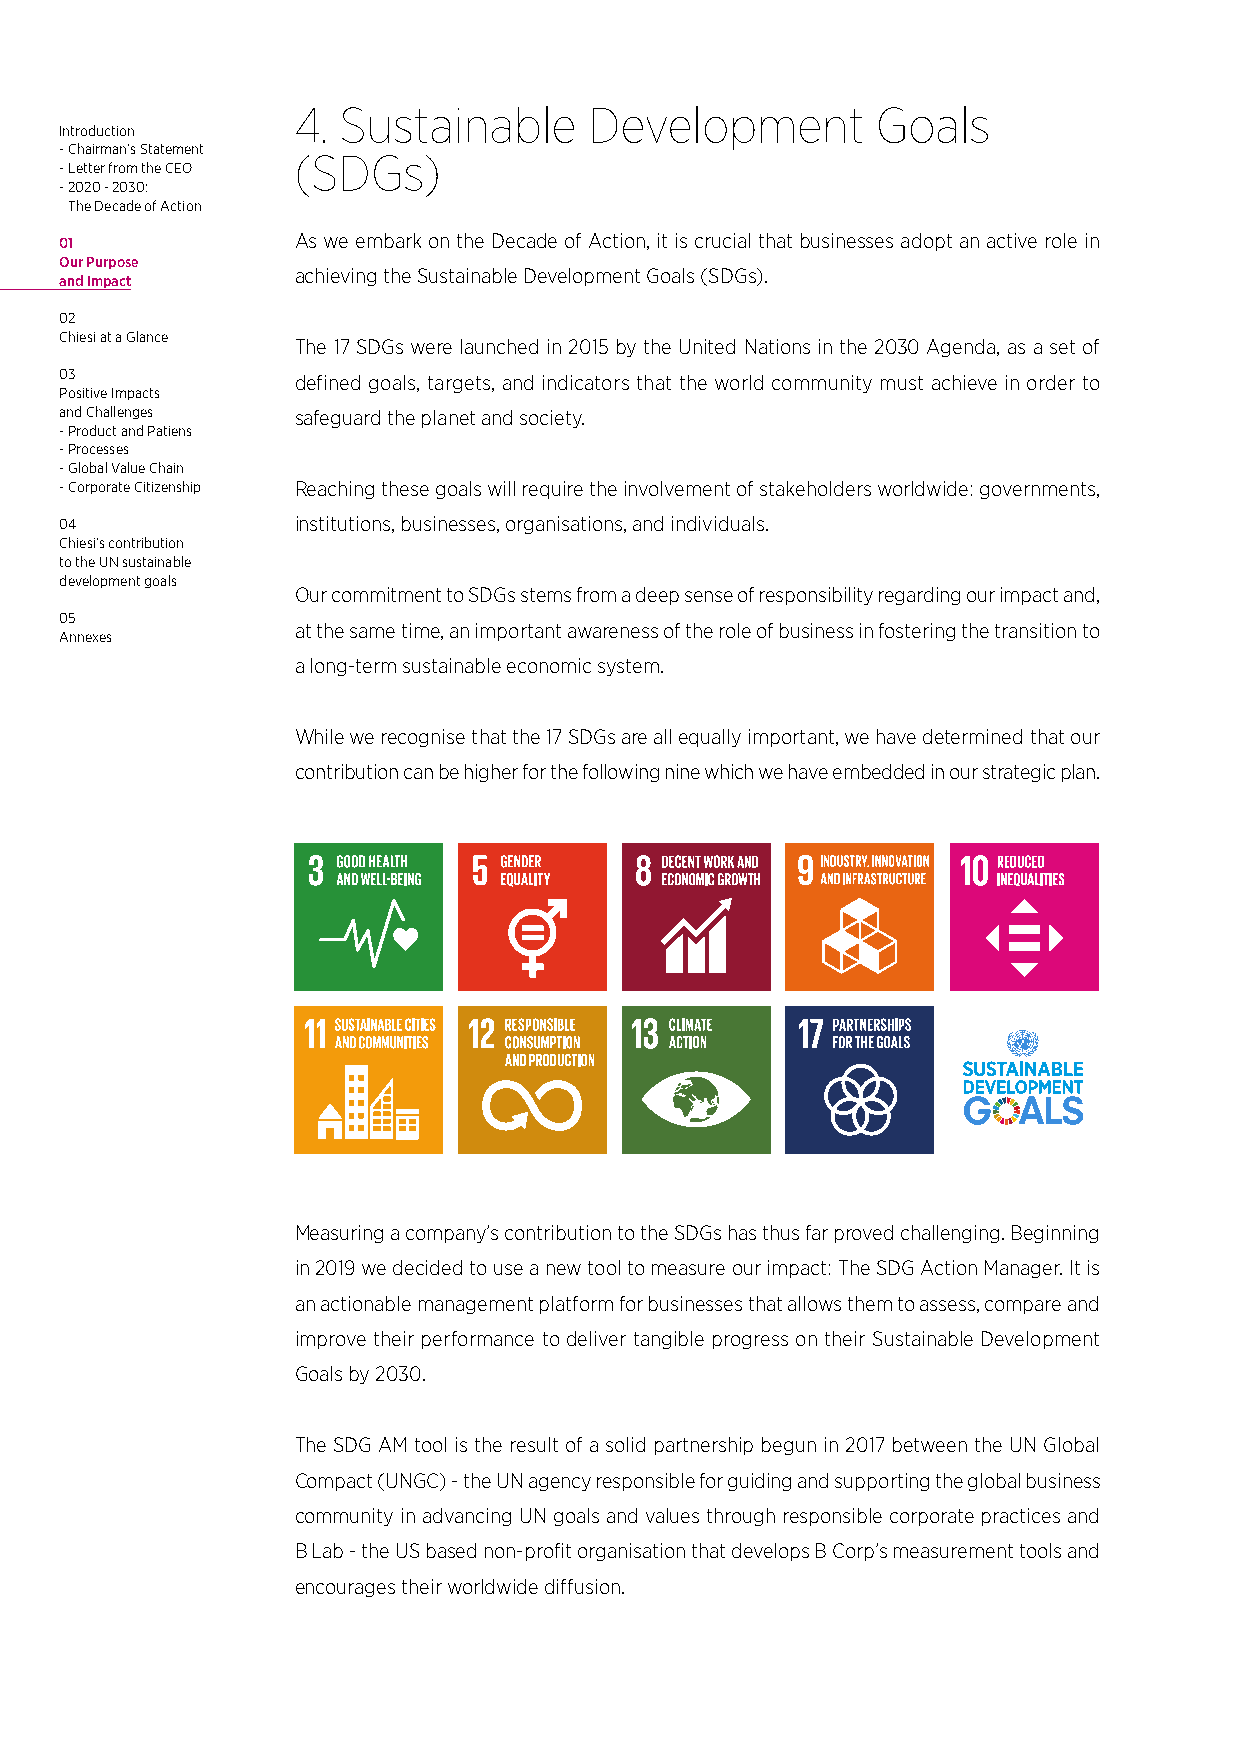
4. Sustainable      Development        Goals
 Introduction
 - Chairman’s Statement
 (SDGs)
 - Letter from the CEO
 - 2020 - 2030:
 The Decade of Action
 01             As we embark on the Decade of Action, it is crucial that businesses adopt an active role in
 Our Purpose
 achieving the Sustainable Development Goals (SDGs).
 and Impact
 02
 Chiesi at a Glance
 The 17 SDGs were launched in 2015 by the United Nations in the 2030 Agenda, as a set of
 03             defined goals, targets, and indicators that the world community must achieve in order to
 Positive Impacts
 and Challenges safeguard the planet and society.
 - Product and Patiens
 - Processes
 - Global Value Chain
 - Corporate Citizenship Reaching these goals will require the involvement of stakeholders worldwide: governments,
 04             institutions, businesses, organisations, and individuals.
 Chiesi’s contribution
 to the UN sustainable
 development goals
 Our commitment to SDGs stems from a deep sense of responsibility regarding our impact and,
 05
 at the same time, an important awareness of the role of business in fostering the transition to
 Annexes
 a long-term sustainable economic system.
 While we recognise that the 17 SDGs are all equally important, we have determined that our
 contribution can be higher for the following nine which we have embedded in our strategic plan.
 Measuring a company’s contribution to the SDGs has thus far proved challenging. Beginning
 in 2019 we decided to use a new tool to measure our impact: The SDG Action Manager. It is
 an actionable management platform for businesses that allows them to assess, compare and
 improve their performance to deliver tangible progress on their Sustainable Development
 Goals by 2030.
 The SDG AM tool is the result of a solid partnership begun in 2017 between the UN Global
 Compact (UNGC) - the UN agency responsible for guiding and supporting the global business
 community in advancing UN goals and values through responsible corporate practices and
 B Lab - the US based non-profit organisation that develops B Corp’s measurement tools and
 encourages their worldwide diffusion.